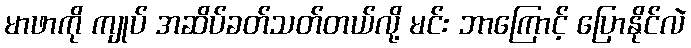
မာဖာကို ကျုပ် အဆိပ်ခတ်သတ်တယ်လို့ မင်း ဘာကြောင့် ပြောနိုင်လဲ